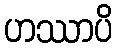
ဟဿာပိ